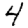
Digit: 4